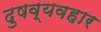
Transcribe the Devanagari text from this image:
दुषव्यवहार